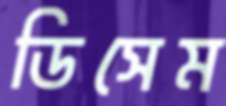
ডিসেম